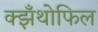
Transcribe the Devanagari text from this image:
क्झँथोफिल